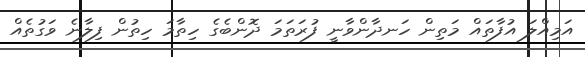
އަމިއްލަ އުފާތައް މަތިން ހަނދާންވާނީ ފުރަތަމަ ދޮންބެގެ ހިތާމަ ހިތުން ފިލާނެ ވަގުތެއް